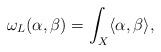
LaTeX: \begin{align*}\omega_{L}(\alpha,\beta)=\int_{X}\langle\alpha,\beta\rangle,\end{align*}